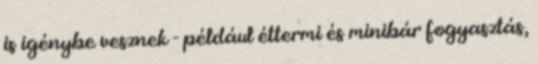
is igénybe vesznek - például éttermi és minibár fogyasztás,